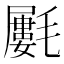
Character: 𣰢